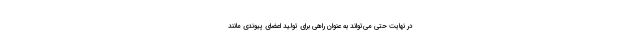
در نهایت حتی می‌تواند به عنوان راهی برای تولید اعضای پیوندی مانند